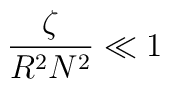
{\zeta \over {R^2 N^2}} \ll 1